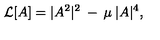
{ \cal { L } } [ A ] = | A ^ { 2 } | ^ { 2 } \: - \: \mu \: | A | ^ { 4 } ,